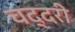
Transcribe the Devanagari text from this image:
चद्दरी